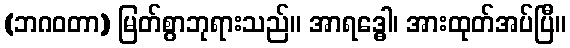
(ဘဂဝတာ) မြတ်စွာဘုရားသည်။ အာရဒ္ဓေါ၊ အားထုတ်အပ်ပြီ။